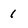
Character: 1